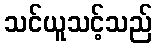
သင်ယူသင့်သည်